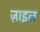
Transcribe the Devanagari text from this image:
ज़ाइल